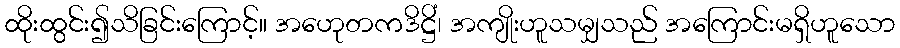
ထိုးထွင်း၍သိခြင်းကြောင့်။ အဟေုတကဒိဋ္ဌိံ၊ အကျိုးဟူသမျှသည် အကြောင်းမရှိဟူသော